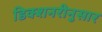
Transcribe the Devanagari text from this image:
डिक्शनरीनुसार